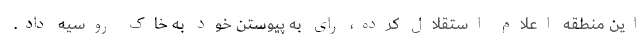
این منطقه اعلام استقلال کرده، رای به پیوستن خود به خاک روسیه داد.